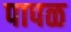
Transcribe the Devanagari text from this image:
पापळ